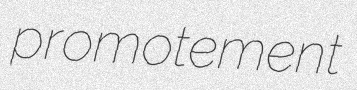
promotement